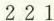
2 2 1